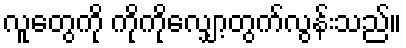
လူတွေကို ကိုကိုလျှော့တွက်လွန်းသည်။